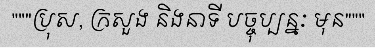
"""ប្រុស, ក្រសួង និងនាទី បច្ចុប្បន្នៈ មុន"""